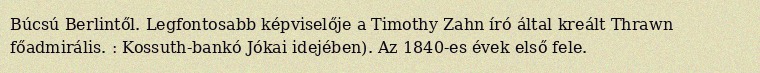
Búcsú Berlintől. Legfontosabb képviselője a Timothy Zahn író által kreált Thrawn főadmirális. : Kossuth-bankó Jókai idejében). Az 1840-es évek első fele.